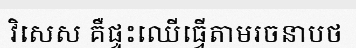
វិសេស គឺផ្ទះឈើធ្វើតាមរចនាបថ